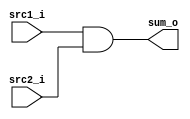
/***************************************************
Student Name:  Ia
Student ID: 0816137 0716241
***************************************************/

`timescale 1ns/1ps

module Ander(
    	input  src1_i,
	input   src2_i,
	output  sum_o
	);
    
/* Write your code HERE */
assign sum_o=src1_i&src2_i;

endmodule